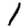
Digit: 1